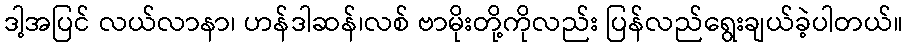
ဒါ့အပြင် လယ်လာနာ၊ ဟန်ဒါဆန်၊လစ် ဗာမိုးတို့ကိုလည်း ပြန်လည်ရွေးချယ်ခဲ့ပါတယ်။